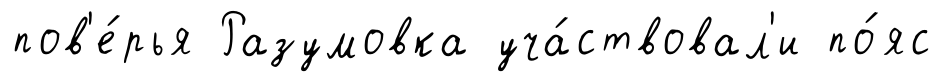
пов'е́рья Разумовка уча́ствовал'и по́яс